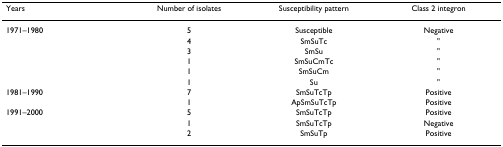
<table><thead><tr><td><b>Years</b></td><td><b>Number of isolates</b></td><td><b>Susceptibility pattern</b></td><td><b>Class 2 integron</b></td></tr></thead><tbody><tr><td>1971–1980</td><td>5</td><td>Susceptible</td><td>Negative</td></tr><tr><td></td><td>4</td><td>SmSuTc</td><td>&quot;</td></tr><tr><td></td><td>3</td><td>SmSu</td><td>&quot;</td></tr><tr><td></td><td>1</td><td>SmSuCmTc</td><td>&quot;</td></tr><tr><td></td><td>1</td><td>SmSuCm</td><td>&quot;</td></tr><tr><td></td><td>1</td><td>Su</td><td>&quot;</td></tr><tr><td>1981–1990</td><td>7</td><td>SmSuTcTp</td><td>Positive</td></tr><tr><td></td><td>1</td><td>ApSmSuTcTp</td><td>Positive</td></tr><tr><td>1991–2000</td><td>5</td><td>SmSuTcTp</td><td>Positive</td></tr><tr><td></td><td>1</td><td>SmSuTcTp</td><td>Negative</td></tr><tr><td></td><td>2</td><td>SmSuTp</td><td>Positive</td></tr></tbody></table>